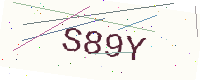
Text: S89Y